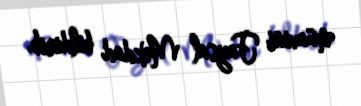
müavini Faysal Mekdad bildirib.